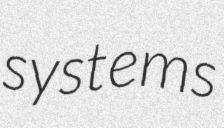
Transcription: systems